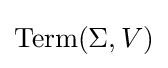
\mathrm {Term} (\Sigma ,V)